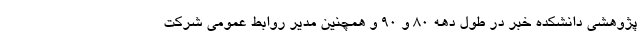
پژوهشی دانشکده خبر در طول دهه ۸۰ و ۹۰ و همچنین مدیر روابط عمومی شرکت